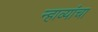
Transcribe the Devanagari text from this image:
न्हाव्यांचा